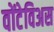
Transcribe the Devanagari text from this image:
वोंटेविअस